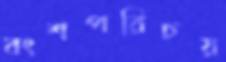
বংশপরিচয়